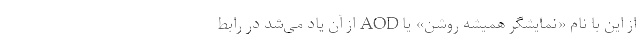
از این با نام «نمایشگر همیشه روشن» یا AOD از آن یاد می‌شد در رابط